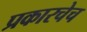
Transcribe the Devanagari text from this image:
प्रकारचेच